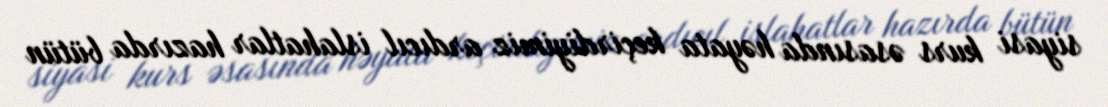
siyasi kurs əsasında həyata keçirdiyimiz ardıcıl islahatlar hazırda bütün